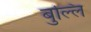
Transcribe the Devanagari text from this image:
बुल्लि